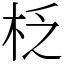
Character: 柉